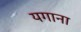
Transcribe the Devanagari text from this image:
यगाना